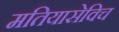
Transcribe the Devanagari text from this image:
मतियासेविच